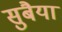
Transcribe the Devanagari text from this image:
सुबैया